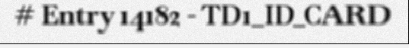
# Entry 14182 - TD1_ID_CARD